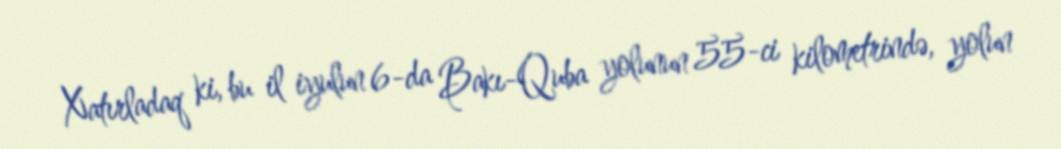
Xatırladaq ki, bu il iyulun 6-da Bakı-Quba yolunun 55-ci kilometrində, yolun